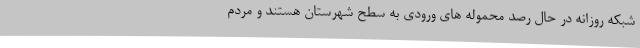
شبکه روزانه در حال رصد محموله های ورودی به سطح شهرستان هستند و مردم